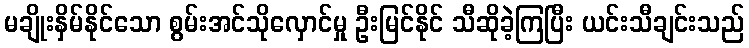
မချိုးနှိမ်နိုင်သော စွမ်းအင်သိုလှောင်မှု ဦးမြင်နိုင် သီဆိုခဲ့ကြပြီး ယင်းသီချင်းသည်